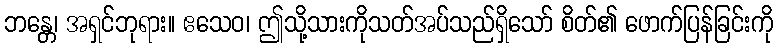
ဘန္တေ၊ အရှင်ဘုရား။ ဧသေဝ၊ ဤသို့သားကိုသတ်အပ်သည်ရှိသော် စိတ်၏ ဖောက်ပြန်ခြင်းကို